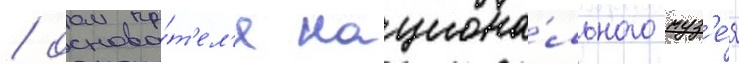
/ основа́т'ел'я национа́льного муз'е́я